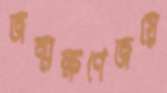
জন্মক্ষণেজয়ে